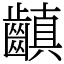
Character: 齻